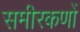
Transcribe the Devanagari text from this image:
समीरकणों